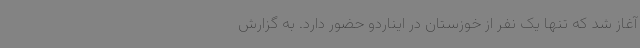
آغاز شد که تنها یک نفر از خوزستان در ایناردو حضور دارد. به گزارش